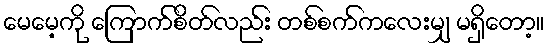
မေမေ့ကို ကြောက်စိတ်လည်း တစ်စက်ကလေးမျှ မရှိတော့။